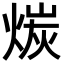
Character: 𪹇